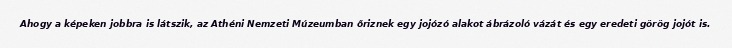
Ahogy a képeken jobbra is látszik, az Athéni Nemzeti Múzeumban őriznek egy jojózó alakot ábrázoló vázát és egy eredeti görög jojót is.